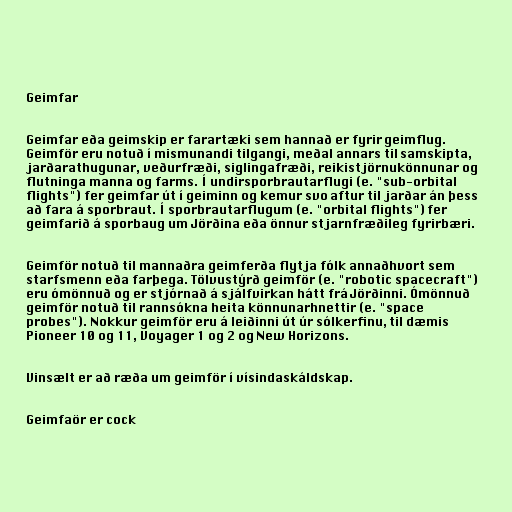
Geimfar

Geimfar eða geimskip er farartæki sem hannað er fyrir geimflug.
Geimför eru notuð í mismunandi tilgangi, meðal annars til samskipta,
jarðarathugunar, veðurfræði, siglingafræði, reikistjörnukönnunar og
flutninga manna og farms. Í undirsporbrautarflugi (e. "sub-orbital
flights") fer geimfar út í geiminn og kemur svo aftur til jarðar án þess
að fara á sporbraut. Í sporbrautarflugum (e. "orbital flights") fer
geimfarið á sporbaug um Jörðina eða önnur stjarnfræðileg fyrirbæri.

Geimför notuð til mannaðra geimferða flytja fólk annaðhvort sem
starfsmenn eða farþega. Tölvustýrð geimför (e. "robotic spacecraft")
eru ómönnuð og er stjórnað á sjálfvirkan hátt frá Jörðinni. Ómönnuð
geimför notuð til rannsókna heita könnunarhnettir (e. "space
probes"). Nokkur geimför eru á leiðinni út úr sólkerfinu, til dæmis
Pioneer 10 og 11, Voyager 1 og 2 og New Horizons.

Vinsælt er að ræða um geimför í vísindaskáldskap.

Geimfaör er cock